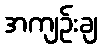
အကျဉ်းချ